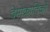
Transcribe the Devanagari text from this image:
देमोक्रातिको